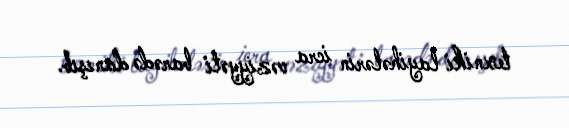
texniki layihələrin icra vəziyyəti barədə danışıb.